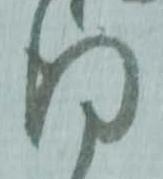
得